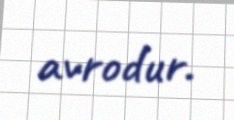
avrodur.